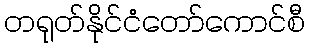
တရုတ်နိုင်ငံတော်ကောင်စီ